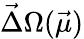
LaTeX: \vec{\Delta}\Omega(\vec{\mu})